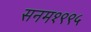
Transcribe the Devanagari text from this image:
सनम१९९५